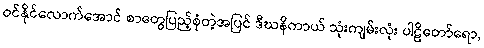
ဝင်နိုင်လောက်အောင် စာတွေပြည့်စုံတဲ့အပြင် ဒီဃနိကာယ် သုံးကျမ်းလုံး ပါဠိတော်ရော,